Papers set at the Examination for Leaving Certificates, 1891
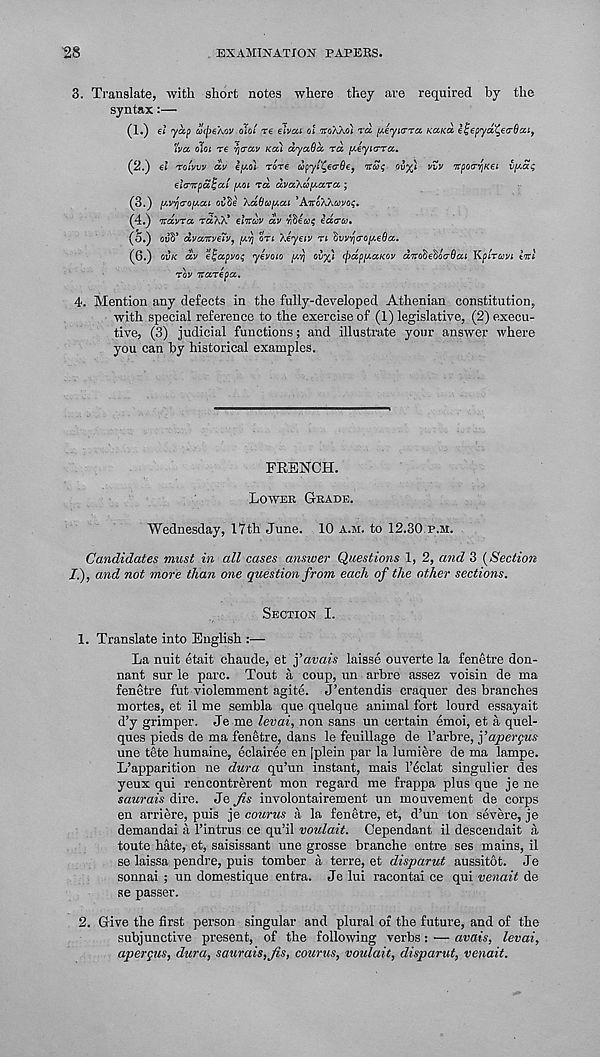
28
EXAMINATION PAPERS.
3. Translate, with short notes where they are required by the
syntax :—
(1.) el yap atyeAov oiol re ehca el TTOWO) ra [Acyia-Ta KUKO. iljepyd^eirOxi,
'Iva, oloi re -rjiav KCCL dya8d. rd [/.eyLcrra.
(2.)
roivvv a.v ipol rore wp-y/^ecr^e, Tccoq ov^i vvv nrpoa'YjKei ii[Aag
elcnrpaijat y.oi TO, ccvaXafActTct;
(3.) (AV'/jo-optcu oitie ‘kabafActi ’AiroWcavoi;.
(4.) Travra rdXX* ehtuv dv Yitiecoi; id(rco,
(5.) oyS’ dvuTrveTv,
on Xeyeiv n ^WYio-o[X€6a.
(6.) OVK dv eljapvos yevoio uvr] evy) (jidpy.aKov diroieioaBai Kplravi ttcl
TOV Ttarepa.
4. Mention any defects in the fully-developed Athenian constitution,
with special reference to the exercise of (1) legislative, (2) execu-
tive, (3) judicial functions; and illustrate your answer where
you can by historical examples.
FRSNCH.
LOWER GRADE.
Wednesday, 17th June. 10 A.M. to 12.30 P.M.
Candidates must in all cases answer Questions 1, 2, and 3 (Section
II), and not more than one question from each of the other sections.
SECTION I.
1. Translate into English :—
La nuit etait chaude, et )’avals laisse ouverte la fenetre don-
nant sur le pare. Tout a coup, un arbre assez voisin de ma
fenetre fut violemment agite. J’entendis craquer des branches
mortes, et il me sembla que quelque animal fort lourd essayait
d’y grimper. Je me levai, non sans un certain emoi, et a quel-
ques pieds de ma fenetre, dans le feuillage de 1’arbre, fapergus
une tete humaine, eclairee en [plein par la lumiere de ma lampe.
L’apparition ne dura qu’un instant, mais 1’eclat singulier des
yeux qui rencontrerent mon regard me frappa plus que je ne
saurais dire. Je Jis involontairement un mouvement de corps
en arriere, puis je counts a la fenetre, et, d’un ton severe, je
demandai a 1’intrus ce qu’il voulait. Cependant il descendait a
toute hate, et, saisissant une grosse branche entre ses mains, il
se laissa pendre, puis tomber a terre, et disparut aussitbt. Je
sonnai ; un domestique entra. Je lui racontai ce qui venait de
se passer.
2. Give the first person singular and plural of the future, and of the
subjunctive present, of the following verbs : — avais, levai,
apergus, dura, saurais, Jis, courus, voulait, disparut, venait.